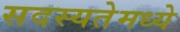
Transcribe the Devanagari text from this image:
सदस्यतेमध्ये